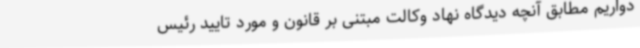
دواریم مطابق آنچه دیدگاه نهاد وکالت مبتنی بر قانون و مورد تایید رئیس